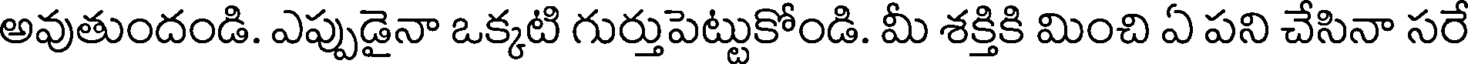
అవుతుందండి. ఎప్పుడైనా ఒక్కటి గుర్తుపెట్టుకోండి. మీ శక్తికి మించి ఏ పని చేసినా సరే